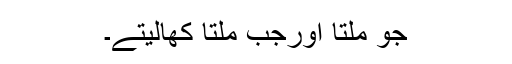
جو ملتا اورجب ملتا کھالیتے۔